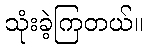
သုံးခဲ့ကြတယ်။